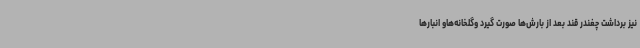
نیز برداشت چغندر قند بعد از بارش‌ها صورت گیرد وگلخانه‌هاو انبارها